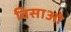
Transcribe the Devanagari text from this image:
विसाओ